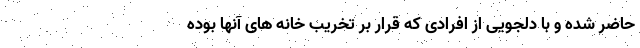
حاضر شده و با دلجویی از افرادی که قرار بر تخریب خانه های آنها بوده